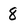
Character: 8